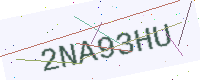
Text: 2NA93HU